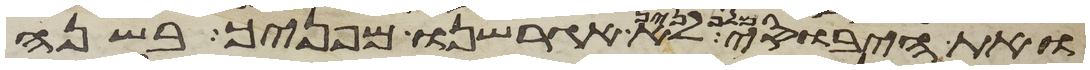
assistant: ואת היבוסי מלפניך לא אגרשנו מפניך בשנה